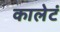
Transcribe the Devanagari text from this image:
कालेटं